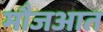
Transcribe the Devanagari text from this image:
मौजआत